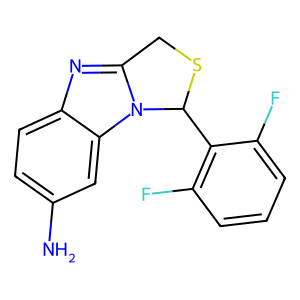
SMILES: Nc1ccc2nc3n(c2c1)C(c1c(F)cccc1F)SC3
Inhibits HIV replication: No